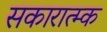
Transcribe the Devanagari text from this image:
सकारात्म्क